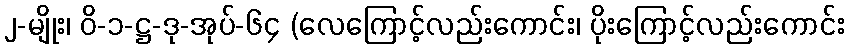
၂-မျိုး၊ ဝိ-၁-ဋ္ဌ-ဒု-အုပ်-၆၄ (လေကြောင့်လည်းကောင်း၊ ပိုးကြောင့်လည်းကောင်း